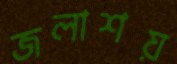
জলাশয়